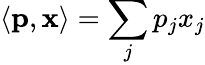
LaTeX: \langle\mathbf{p},\mathbf{x}\rangle=\sum_{j}p_{j}x_{j}